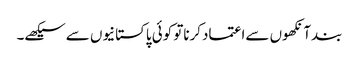
بندآنکھوں سےاعتمادکرناتو کوئی پاکستانیوں سےسیکھے۔